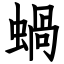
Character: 蝸